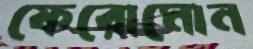
ফেরোমোন